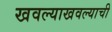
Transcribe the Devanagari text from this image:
खवल्याखवल्याची